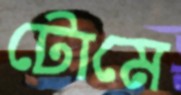
টোমে